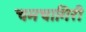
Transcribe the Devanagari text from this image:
चमचागिरी